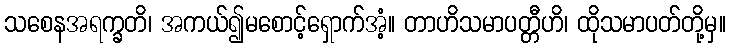
သစေနအရက္ခတိ၊ အကယ်၍မစောင့်ရှောက်အံ့။ တာဟိသမာပတ္တီဟိ၊ ထိုသမာပတ်တို့မှ။